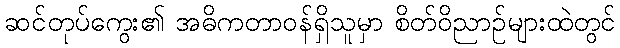
ဆင်တုပ်ကွေး၏ အဓိကတာဝန်ရှိသူမှာ စိတ်ဝိညာဉ်များထဲတွင်